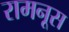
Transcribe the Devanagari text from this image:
रामनूस